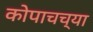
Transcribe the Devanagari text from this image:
कोपाचच्या